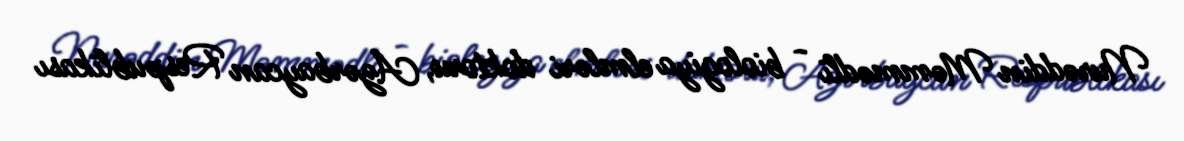
Nurəddin Məmmədli - biologiya elmləri doktoru, Azərbaycan Respublikası